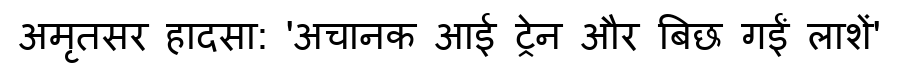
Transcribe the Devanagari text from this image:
अमृतसर हादसा: 'अचानक आई ट्रेन और बिछ गईं लाशें'